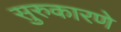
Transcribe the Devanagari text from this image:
सुरुकारणे